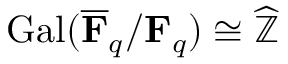
\operatorname { G a l } ( { \overline { { \mathbf { F } } } } _ { q } / \mathbf { F } _ { q } ) \cong { \widehat { \mathbb { Z } } }